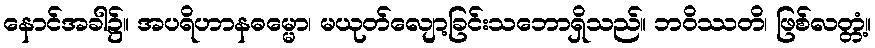
နောင်အခါ၌။ အပရိဟာနဓမ္မော၊ မယုတ်လျော့ခြင်းသဘောရှိသည်။ ဘဝိဿတိ၊ ဖြစ်လတ္တံ့။